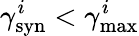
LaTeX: \gamma_{\mathrm{syn}}^{i}<\gamma_{\mathrm{max}}^{i}